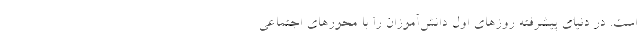
است. در دنیای پیشرفته روزهای اول دانش‌آموزان را با محورهای اجتماعی